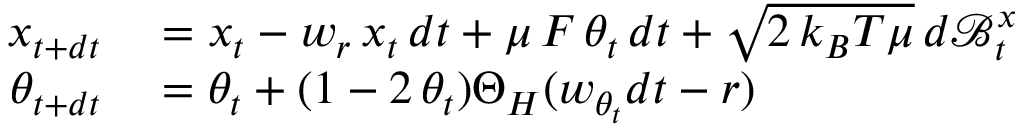
\begin{array} { r l } { x _ { t + d t } } & { { } = x _ { t } - w _ { r } \, x _ { t } \, d t + \mu \, { \cal F } \, \theta _ { t } \, d t + \sqrt { 2 \, k _ { B } T \mu } \, d \mathcal { B } _ { t } ^ { x } } \\ { \theta _ { t + d t } } & { { } = \theta _ { t } + ( 1 - 2 \, \theta _ { t } ) \Theta _ { H } ( w _ { \theta _ { t } } d t - r ) } \end{array}